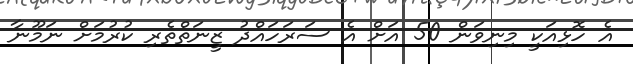
އެ ހޮޅިއަކީ މިނިވަން 50 އަށް އެ ސަރަހައްދު ޒީނަތްތެރި ކުރުމަށް ނަމޫނާ